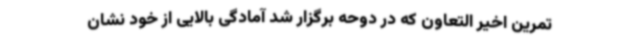
تمرین اخیر التعاون که در دوحه برگزار شد آمادگی بالایی از خود نشان